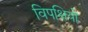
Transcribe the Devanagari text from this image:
विपक्षियो